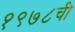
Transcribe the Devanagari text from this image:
१९७८ची